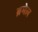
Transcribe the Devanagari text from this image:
ब्रमेल